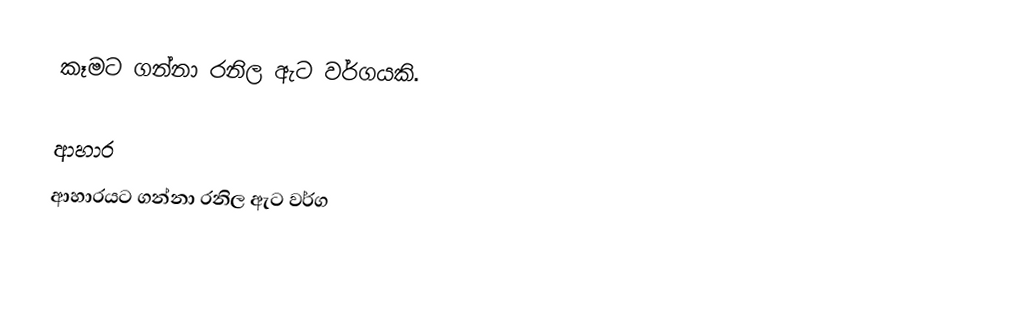
කෑමට ගන්නා රනිල ඇට වර්ගයකි.

ආහාර
ආහාරයට ගන්නා රනිල ඇට වර්ග